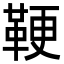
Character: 鞕